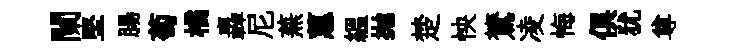
闌堅腸萄橘轟尼蕪蕙緼抛楚怏鷟凌悔俱犹尊